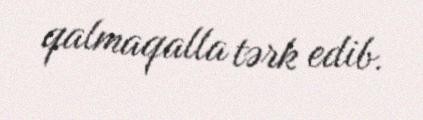
qalmaqalla tərk edib.